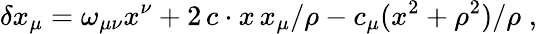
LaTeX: \delta x_{\mu}=\omega_{\mu\nu}x^{\nu}+2\, c\cdot x\, x_{\mu}/\rho-c_{\mu}(x^{2}+\rho^{2})/\rho\; ,